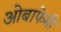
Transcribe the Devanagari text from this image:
ओबाफेमी